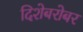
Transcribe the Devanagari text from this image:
दिशेबरोबर